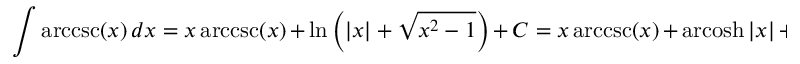
\int \operatorname { a r c c s c } ( x ) \, d x = x \operatorname { a r c c s c } ( x ) \, + \, \ln \left( \left| x \right| + { \sqrt { x ^ { 2 } - 1 } } \right) \, + \, C = x \operatorname { a r c c s c } ( x ) \, + \, \operatorname { a r c o s h } | x | \, + \, C